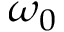
\omega _ { 0 }